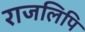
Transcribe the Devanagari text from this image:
राजलिपि